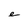
Character: e